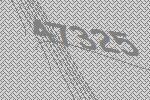
47325